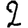
Digit: 2